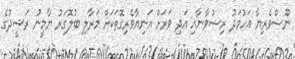
ނޫސްވެރިޔާ އަހުމަދު ރިޟުވާނާއި އަދި ވަރަށް އަނިޔާވެރިގޮތަކަށް މަރާލި ބުލޮގަރު ޔާމީނު ރަޝީދުގެ